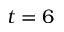
t = 6